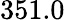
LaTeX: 351.0